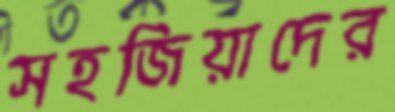
সহজিয়াদের